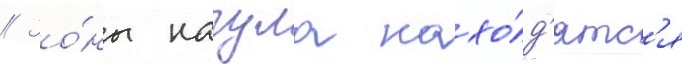
// Зо́ны нагула нахо́д'ятс'я